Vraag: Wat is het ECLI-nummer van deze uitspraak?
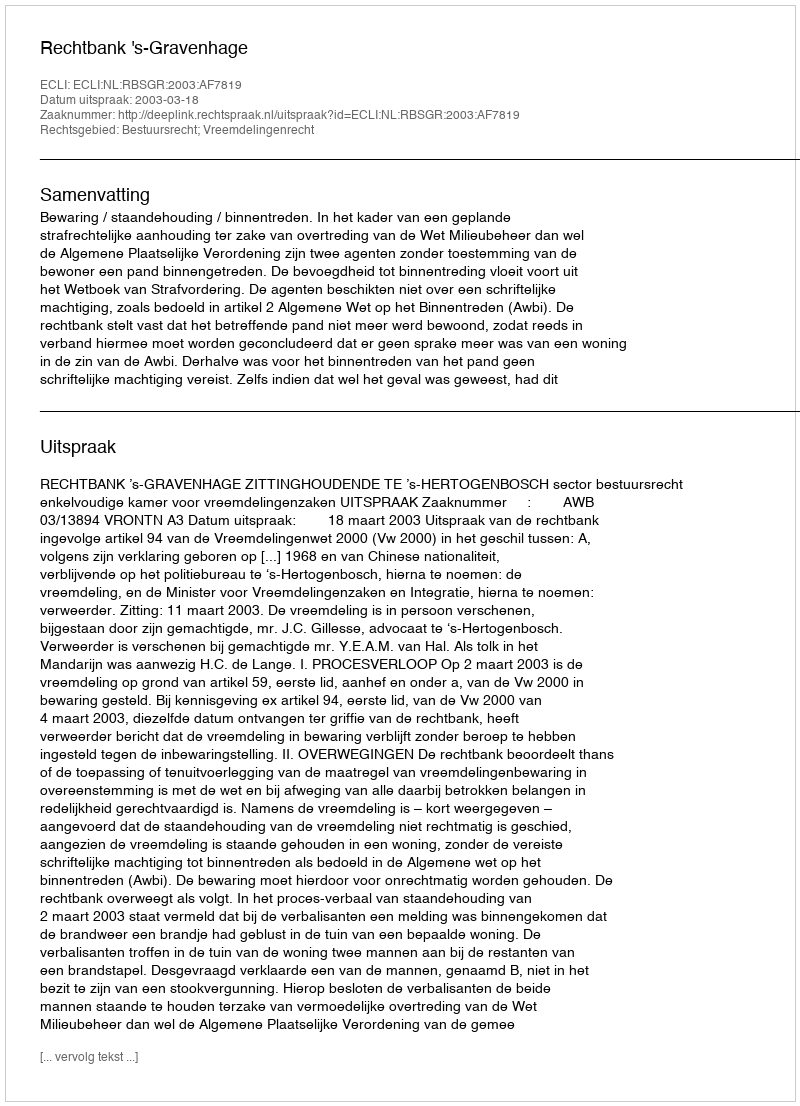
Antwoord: ECLI:NL:RBSGR:2003:AF7819